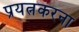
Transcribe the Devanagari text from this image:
प्रयत्नकरना